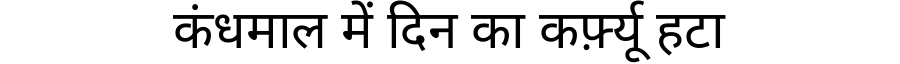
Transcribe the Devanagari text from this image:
कंधमाल में दिन का कर्फ़्यू हटा